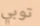
توبي